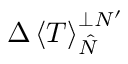
\Delta \left\langle T \right\rangle _ { \hat { N } } ^ { \perp N ^ { \prime } }